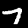
Label: 7